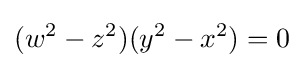
\displaystyle (w^{2}-z^{2})(y^{2}-x^{2})=0